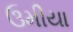
ઉમીયા